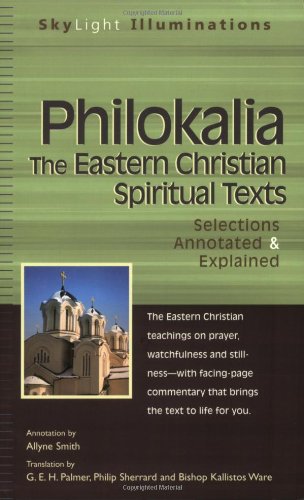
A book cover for PhilokaliaThe Eastern Christian Spiritual Texts: Selections Annotated & Explained (SkyLight Illuminations); Christian Books & Bibles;